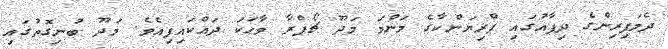
ދެމަފިރިންގެ ދިފާއުގައި ޕްރިޔަންކާގެ މަންމަ މަދޫ ޗޯޕްރާ ވާހަކަ ދައްކައިފިއެވެ. މަދޫ ބުނިގޮތުގައި